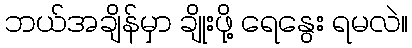
ဘယ်အချိန်မှာ ချိုးဖို့ ရေနွေး ရမလဲ။